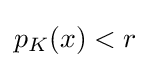
{\textstyle p_{K}(x)<r}